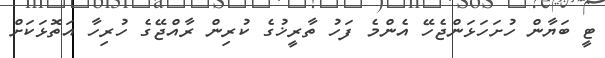
ޓީ ބަޔާން ހުށަހަޅަންޖެހޭ އެންމެ ފަހު ތާރީޚުގެ ކުރިން ރާއްޖޭގެ ހުރިހާ އަތޮޅަކަށް